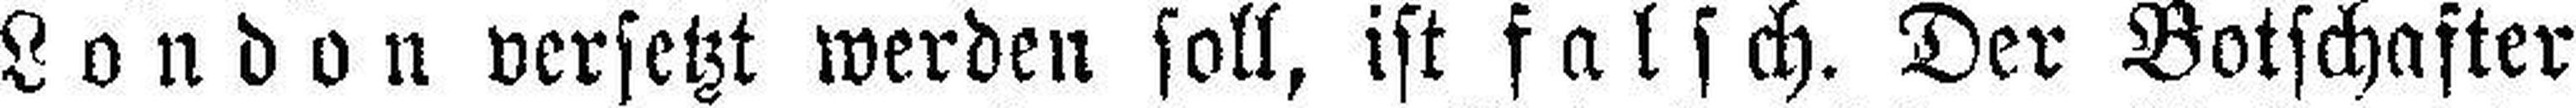
London versetzt werden soll, ist falsch. Der Botschafter